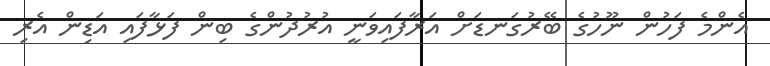
އެންމެ ފަހުން ނޫހުގެ ބޭރުގަނޑަށް އަރާފައިވަނީ އުރުދުންގެ ބިން ފަޅާފައި އަޑިން އެރި